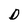
Character: D